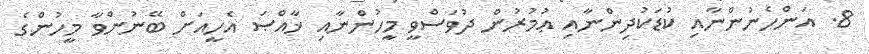
8. އަންހެނުންނާއި ކުޑަކުދިންނާއި ޢުމުރުން ދުވަސްވީ މީހުންނާއި ޚާއްޞަ އެހީއަށް ބޭނުންވާ މީހުންގެ